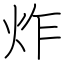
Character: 炸